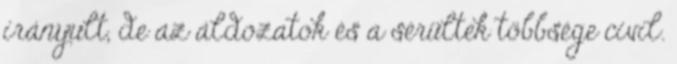
irányult, de az áldozatok és a sérültek többsége civil.